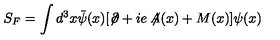
S _ { F } = \int d ^ { 3 } x \bar { \psi } ( x ) [ \not \! \partial + i e \not \! \! A ( x ) + M ( x ) ] \psi ( x )